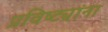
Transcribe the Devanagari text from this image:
प्रविष्ट्यांना